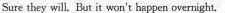
Sure they will, But it won't happen overnight.